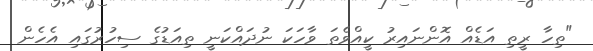
"ތިހާ ރީތި އަޑެއް އޮންނައިރު ކީއްވެތަ ވާހަކަ ނުދައްކަނީ ތިއަޑުގެ ސިހުރުގައި އެހެން